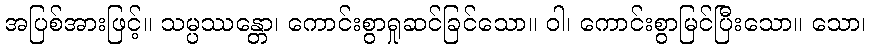
အပြစ်အားဖြင့်။ သမ္ပဿန္တော၊ ကောင်းစွာရှုဆင်ခြင်သော။ ဝါ၊ ကောင်းစွာမြင်ပြီးသော။ သော၊